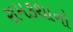
રામકથાનો